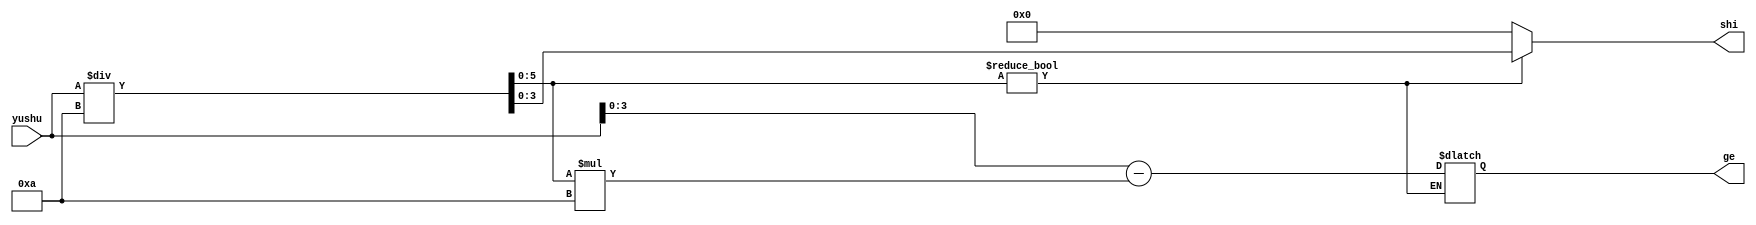
//
module quyu(yushu,shi,ge);
input[0:5] yushu;
output[0:3] shi,ge;
reg[0:3]	shi,ge;
wire[0:5] temp,temp2;

assign temp = yushu/10;
assign temp2 = yushu - temp*10;
always@(yushu)
begin
	if(temp != 0)
		begin
			shi <= temp;
			ge <= temp2;
		end
	else	
		begin
			shi <= 0;
		end
end

endmodule